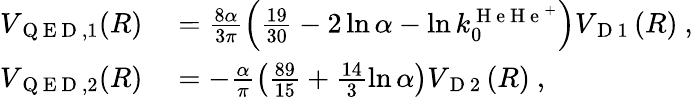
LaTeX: \begin{array}{rl}{V_{\mathrm{~Q~E~D~},1}(R)}&{{}=\frac{8\alpha}{3\pi}\left(\frac{19}{30}-2\ln\alpha-\ln k_{0}^{\mathrm{~H~e~H~e~}^{+}}\right)V_{\mathrm{~D~1~}}(R)\ ,}\\ {V_{\mathrm{~Q~E~D~},2}(R)}&{{}=-\frac{\alpha}{\pi}\left(\frac{89}{15}+\frac{14}{3}\ln\alpha\right)V_{\mathrm{~D~2~}}(R)\ ,}\end{array}